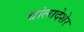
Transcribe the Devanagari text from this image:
बांलादेशेर